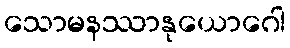
သောမနဿာနုယောဂေါ